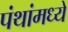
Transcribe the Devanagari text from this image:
पंथांमध्ये